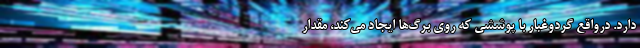
دارد. درواقع گردوغبار با پوششی که روی برگ‌ها ایجاد می‌کند، مقدار